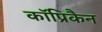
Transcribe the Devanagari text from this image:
कॉप्रिकैन